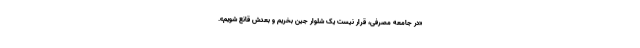
«در جامعهٔ مصرفی، قرار نیست یک شلوار جین بخریم و بعدش قانع شویم».